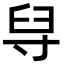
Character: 𦥘